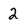
Character: 2